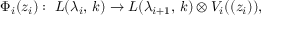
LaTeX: \Phi _ { i } ( z _ { i } ) : \; L ( \lambda _ { i } , \, k ) \rightarrow L ( \lambda _ { i + 1 } , \, k ) \otimes V _ { i } ( ( z _ { i } ) ) ,